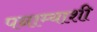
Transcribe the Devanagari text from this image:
पनाम्याशी